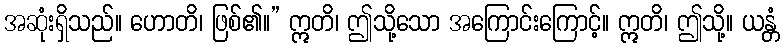
အဆုံးရှိသည်။ ဟောတိ၊ ဖြစ်၏။” ဣတိ၊ ဤသို့သော အကြောင်းကြောင့်။ ဣတိ၊ ဤသို့။ ယန္တံ